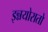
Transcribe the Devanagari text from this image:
इन्नयोरातो